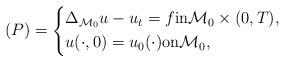
LaTeX: \begin{align*}(P) =\left\{\begin{aligned}& \Delta_{\mathcal{M}_0} u - u_t = f \textnormal{in} \mathcal{M}_0 \times (0,T),\\&u(\cdot,0) = u_0(\cdot) \textnormal{on} \mathcal{M}_0,\end{aligned}\right.\end{align*}